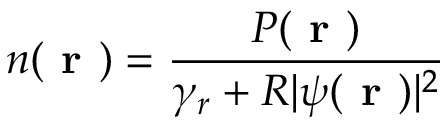
n ( \textbf { r } ) = \frac { P ( \textbf { r } ) } { \gamma _ { r } + R | \psi ( \textbf { r } ) | ^ { 2 } }